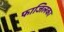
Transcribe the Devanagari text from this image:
फाजिलका